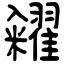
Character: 糴